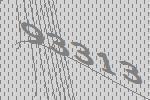
93313